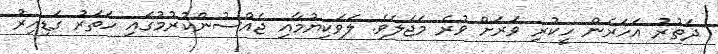
ދަތުރު އަހަރެން ހީކުރި ވަރަށް ވުރެ މަޖަލެވެ. ލަވަކިޔުމާއި ޖެއްސުންކުރުމުގައި ހަތަރު ގަޑިއިރު